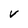
Character: V